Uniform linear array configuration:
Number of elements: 4
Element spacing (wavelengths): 0.5
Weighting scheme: uniform
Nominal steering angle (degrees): -45
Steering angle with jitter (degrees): -45.543
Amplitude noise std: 0.05
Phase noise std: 0.05

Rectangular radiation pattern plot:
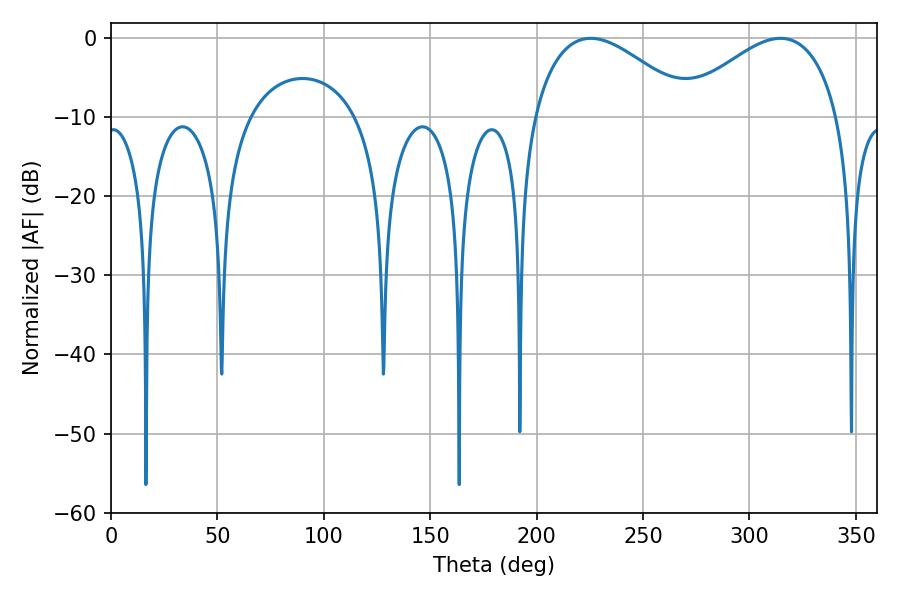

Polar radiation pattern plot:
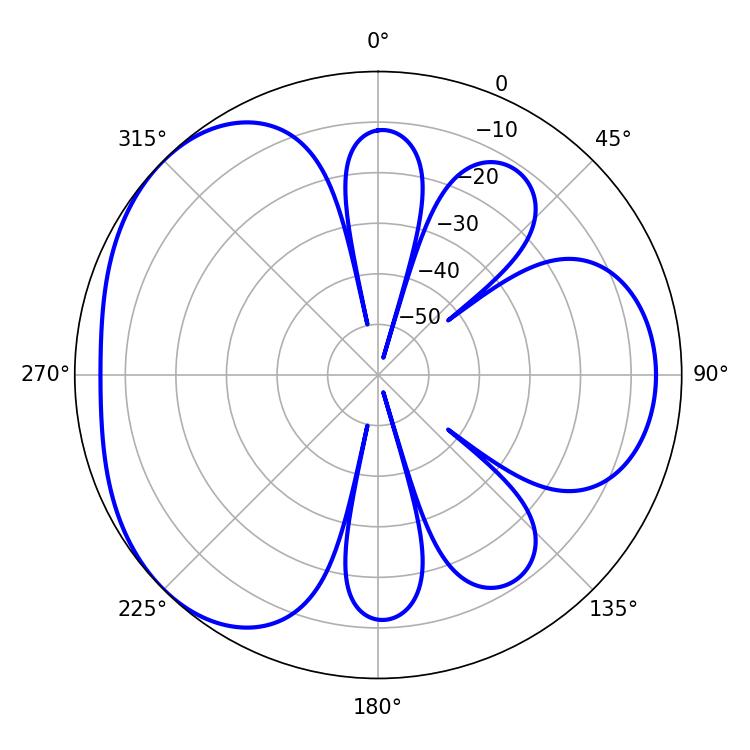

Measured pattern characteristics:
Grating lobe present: FALSE
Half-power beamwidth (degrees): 41.04
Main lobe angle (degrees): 225.36